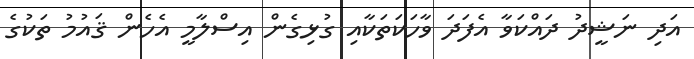
އަދި ނަޝީދު ދައްކަވާ އެފަދަ ވާހަކަތަކާއި ގުޅިގެން އިސްލާމީ އެހެން ޤައުމު ތަކުގެ